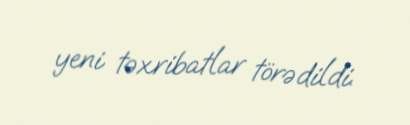
yeni təxribatlar törədildi.